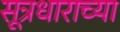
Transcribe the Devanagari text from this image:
सूत्रधाराच्या